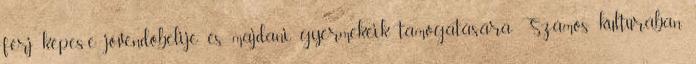
férj képes-e jövendőbelije és majdani gyermekeik támogatására. Számos kultúrában